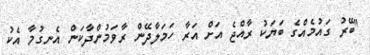
"ބޭރު ގައުމެއްގެ ބަޔަކު ރާއްޖެ އަށް އަރާ ހަމަލާދޭން ރާވަމުންދާކަން އެނގުމާ އެކު